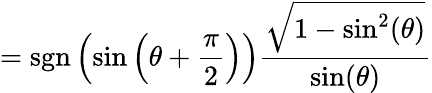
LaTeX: =\operatorname{sgn}\left(\sin\left(\theta+{\frac{\pi}{2}}\right)\right){\frac{\sqrt{1-\sin^{2}(\theta)}}{\sin(\theta)}}